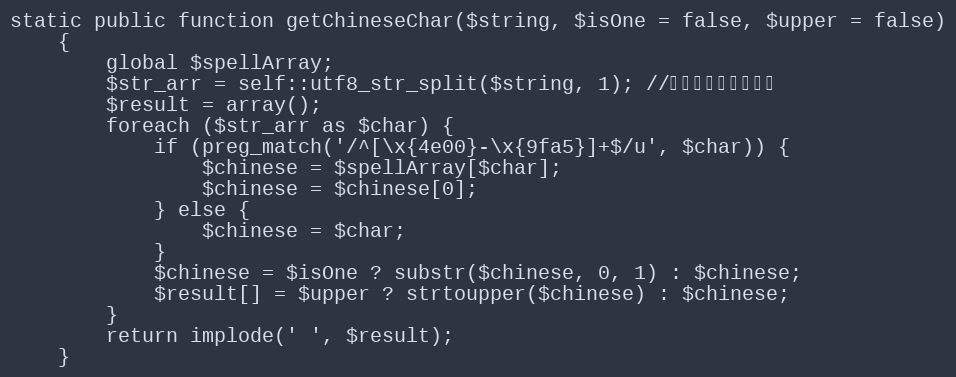
Language: PHP
static public function getChineseChar($string, $isOne = false, $upper = false)
    {
        global $spellArray;
        $str_arr = self::utf8_str_split($string, 1); //将字符串拆分成数组
        $result = array();
        foreach ($str_arr as $char) {
            if (preg_match('/^[\x{4e00}-\x{9fa5}]+$/u', $char)) {
                $chinese = $spellArray[$char];
                $chinese = $chinese[0];
            } else {
                $chinese = $char;
            }
            $chinese = $isOne ? substr($chinese, 0, 1) : $chinese;
            $result[] = $upper ? strtoupper($chinese) : $chinese;
        }
        return implode(' ', $result);
    }